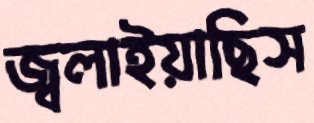
জ্বলাইয়াছিস